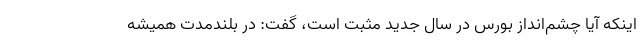
اینکه آیا چشم‌انداز بورس در سال جدید مثبت است، گفت: در بلندمدت همیشه